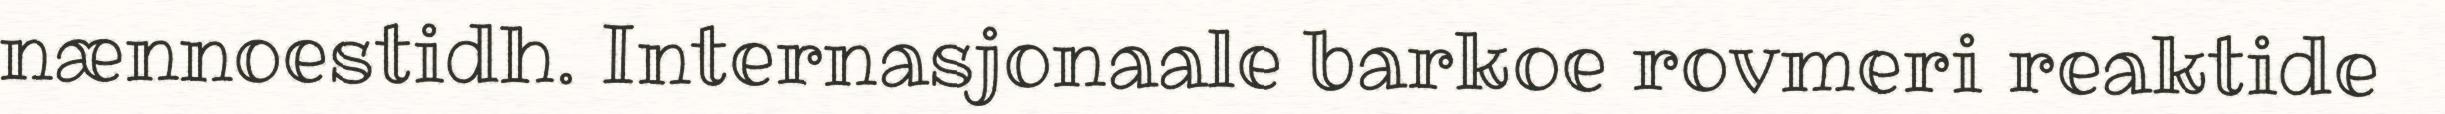
nænnoestidh. Internasjonaale barkoe rovmeri reaktide